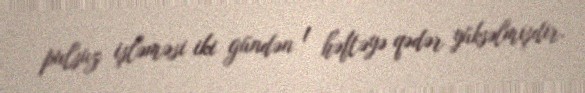
pulsuz işləməsi iki gündən 1 həftəyə qədər yüksəlmişdir.